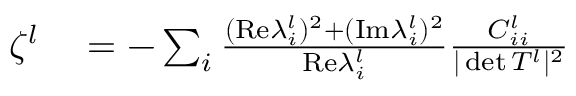
\begin{array} { r l } { \ \! \! \zeta ^ { l } } & { { } = - \sum _ { i } \frac { ( \mathrm { R e } \lambda _ { i } ^ { l } ) ^ { 2 } + ( \mathrm { I m } \lambda _ { i } ^ { l } ) ^ { 2 } } { \mathrm { R e } \lambda _ { i } ^ { l } } \frac { C _ { i i } ^ { l } } { \vert \operatorname* { d e t } T ^ { l } \vert ^ { 2 } } } \end{array}